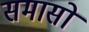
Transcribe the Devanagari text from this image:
समासो